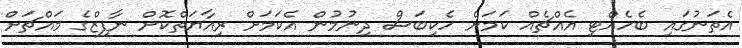
އެތަނުގައި ބެހެއްޓި އެއްޗެއް ކަމަށް ހެކިބަސް ދިނުމުން އެކަމަށް ރިއާޔަތްކޮށް ނާފިޒްގެ މައްޗަށް